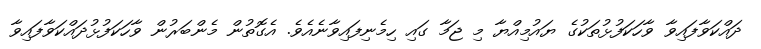
ދައްކަވާފައިވާ ވާހަކަފުޅުތަކުގެ ޔައުމިއްޔާ މި ޖަމާ ގައި ހިމެނިފައިވާނެއެވެ. އެގޮތުން މެންބަރުން ވާހަކަފުޅުދައްކަވާފައިވާ